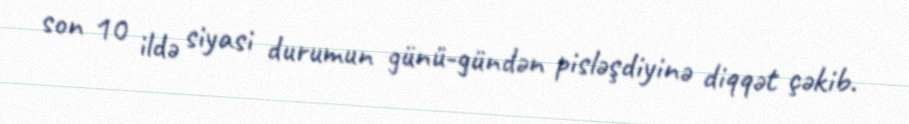
son 10 ildə siyasi durumun günü-gündən pisləşdiyinə diqqət çəkib.